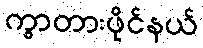
ကွာတားဖိုင်နယ်